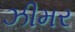
ઝીમર